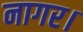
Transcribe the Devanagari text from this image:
नागर।